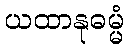
ယထာနုဓမ္မံ